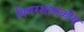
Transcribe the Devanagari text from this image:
बिगरशासकीय